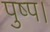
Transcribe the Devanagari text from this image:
पुष्प।